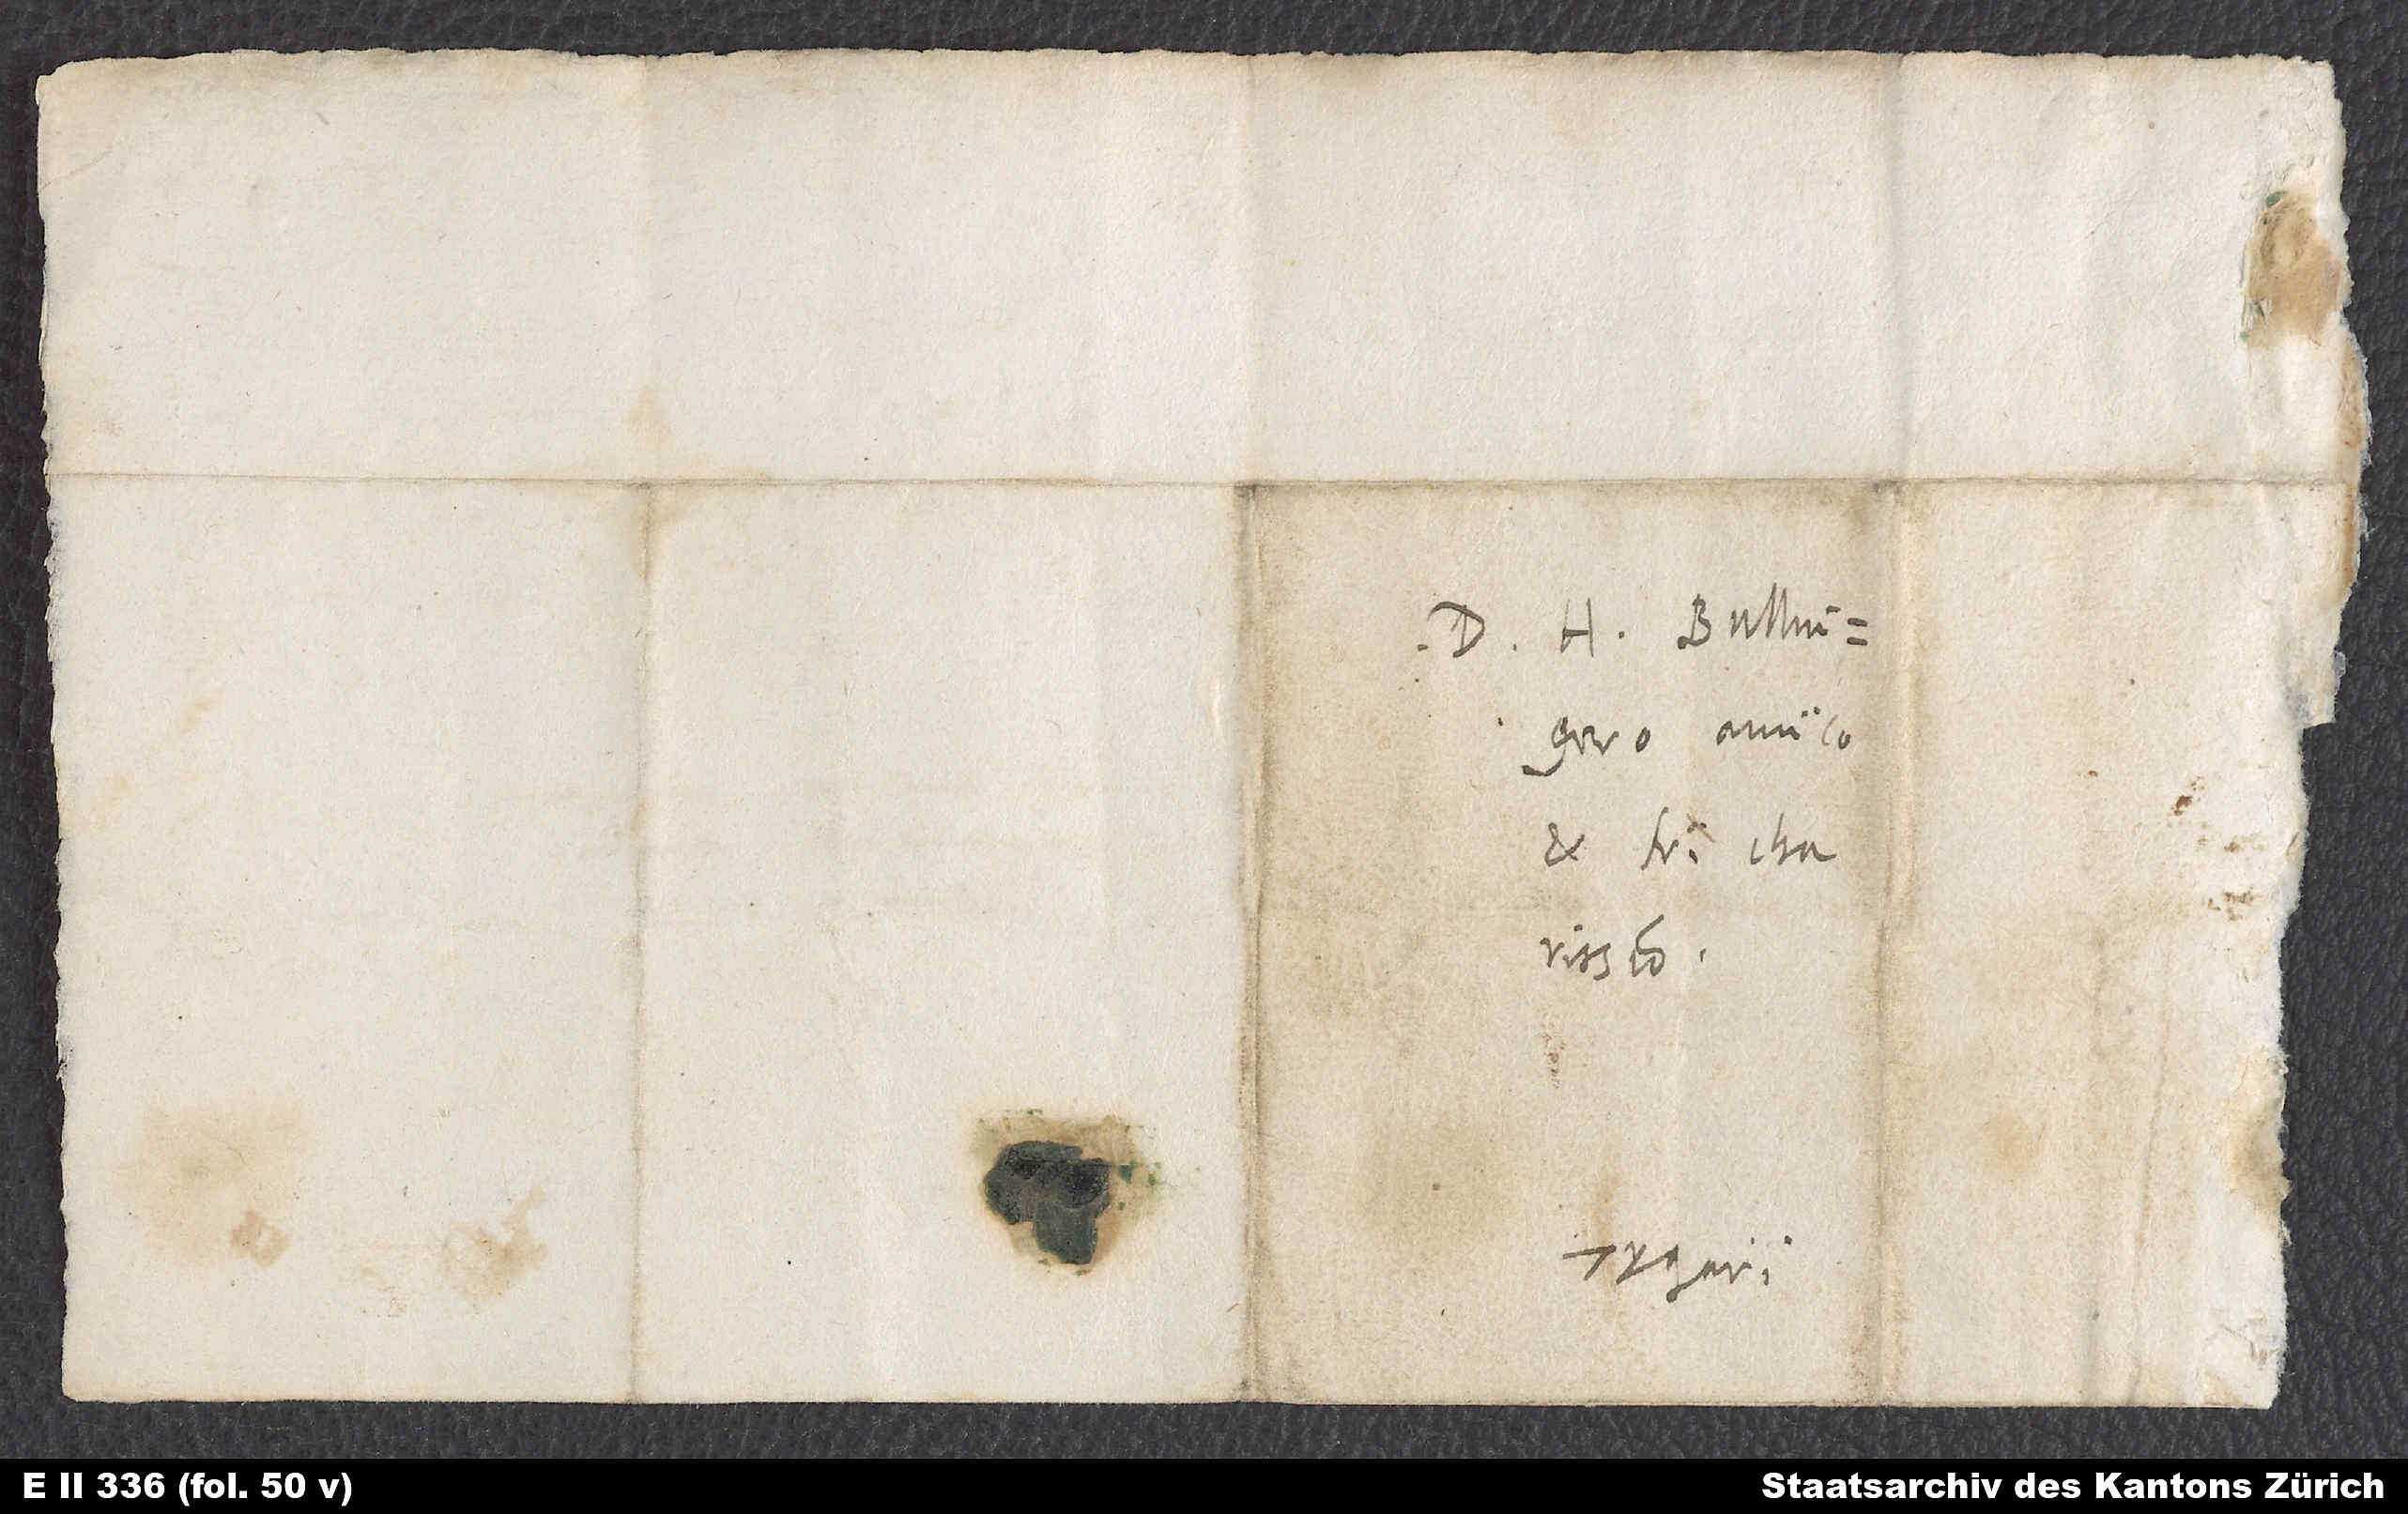
Domino H. Bullingero,
amico
Tyguri.